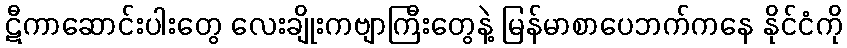
ဋီကာဆောင်းပါးတွေ လေးချိုးကဗျာကြီးတွေနဲ့ မြန်မာစာပေဘက်ကနေ နိုင်ငံကို